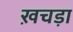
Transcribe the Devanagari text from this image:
ख़चड़ा